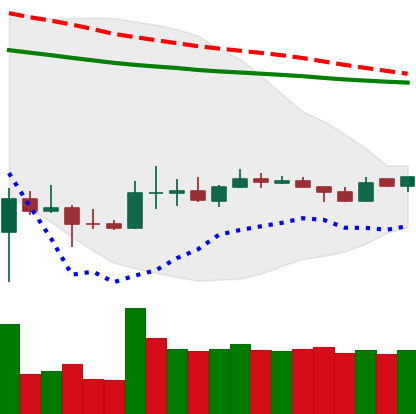
Ticker: DOGE-USD
Chart end date: 2020-04-01
Forward return: 6.052%
Label: up_5_7